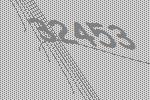
32453